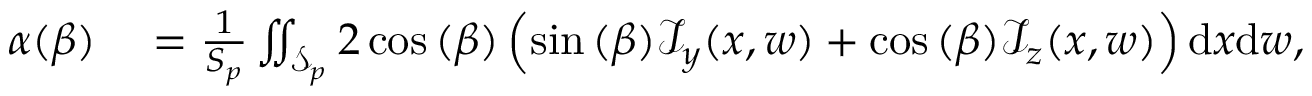
\begin{array} { r l } { \alpha ( \beta ) } & { { } = \frac { 1 } { S _ { p } } \iint _ { \mathcal { S } _ { p } } 2 \cos { ( \beta ) } \left( \sin { ( \beta ) } \mathcal { I } _ { y } ( x , w ) + \cos { ( \beta ) } \mathcal { I } _ { z } ( x , w ) \right) \mathrm { d } x \mathrm { d } w , } \end{array}